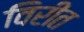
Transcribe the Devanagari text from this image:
विरीत